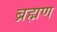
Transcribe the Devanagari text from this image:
ब्रह्मण